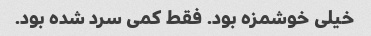
خیلی خوشمزه بود. فقط کمی سرد شده بود.